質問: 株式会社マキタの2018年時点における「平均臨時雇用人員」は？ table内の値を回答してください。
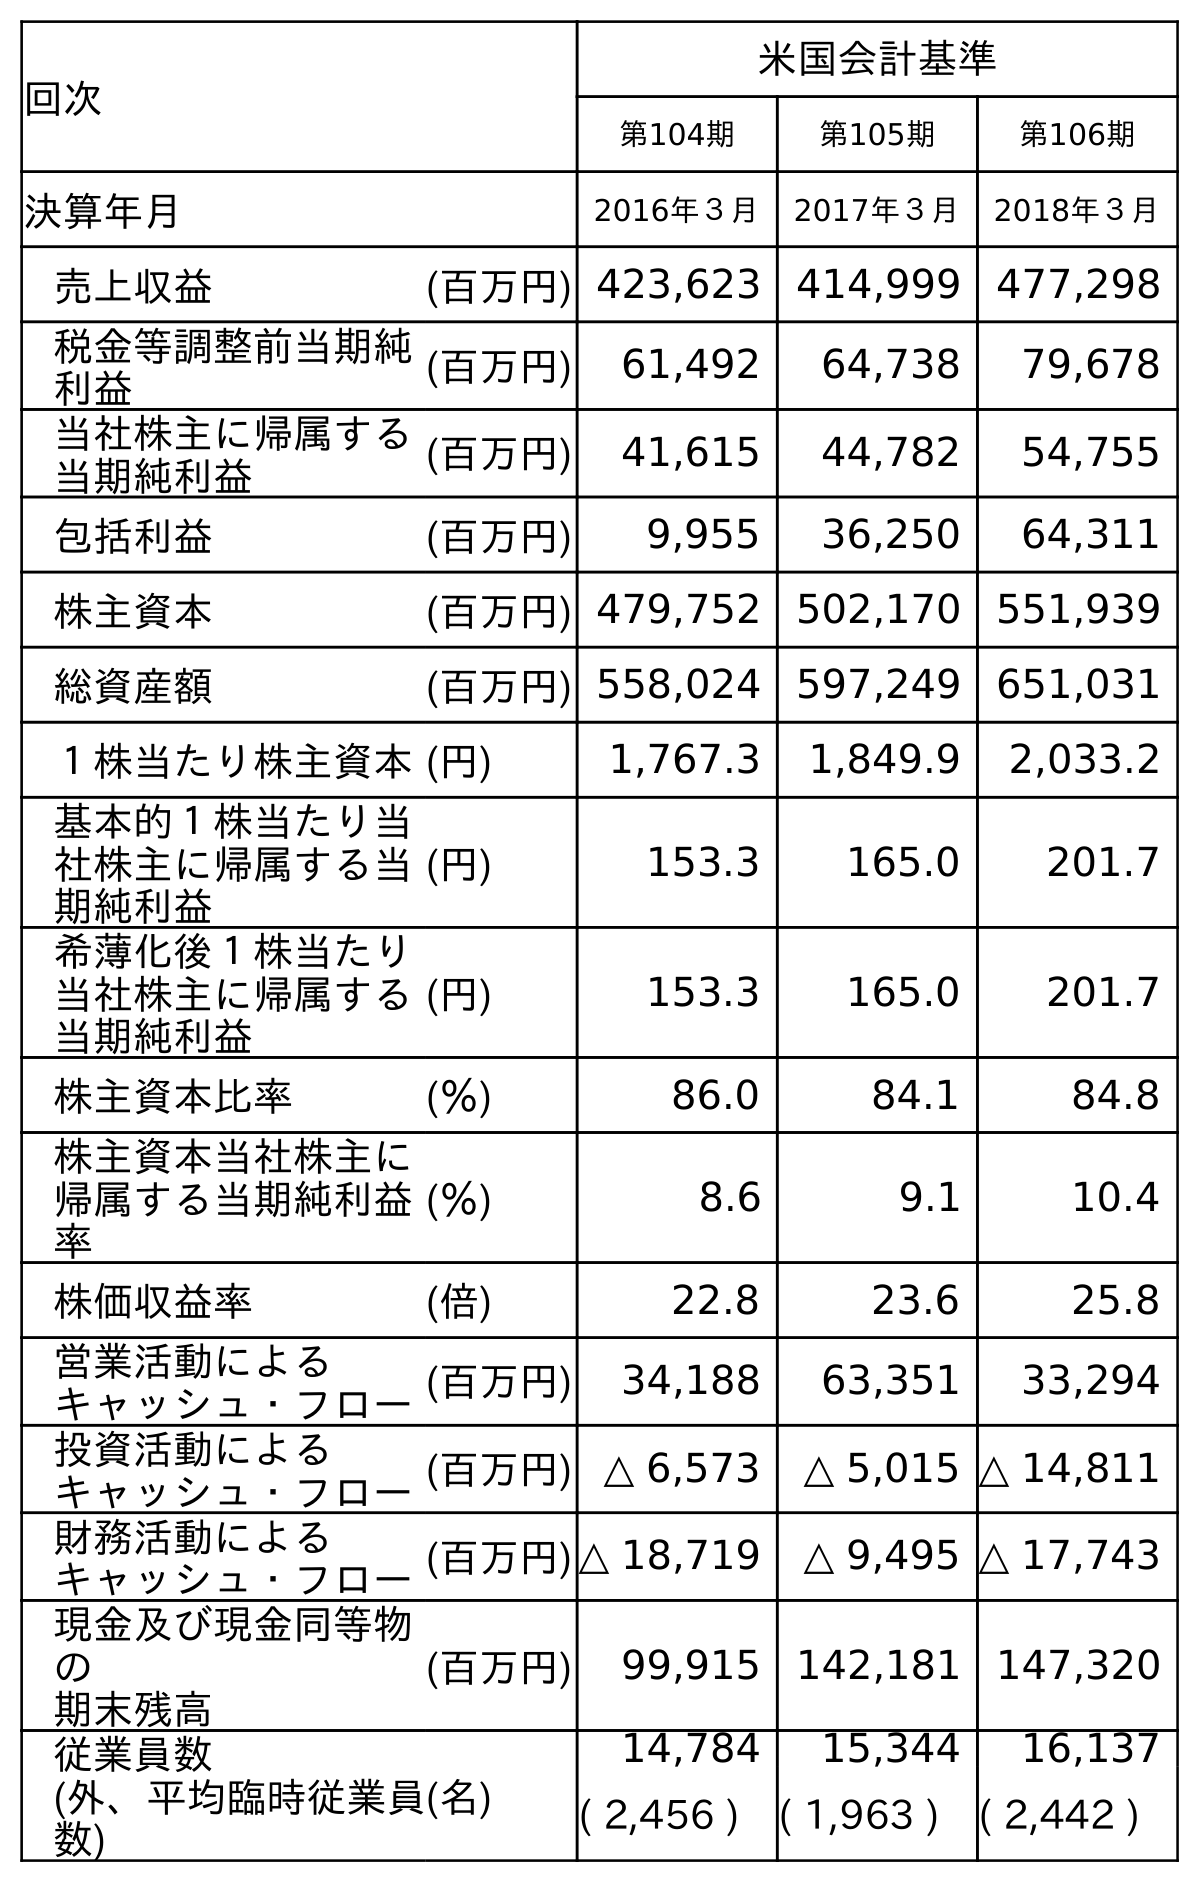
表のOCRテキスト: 回次 米国会計基準 第104期 第105期 第106期 決算年月 2016年３月 2017年３月 2018年３月 売上収益 (百万円) 423,623 414,999 477,298 税金等調整前当期純 利益 (百万円) 61,492 64,738 79,678 当社株主に帰属する 当期純利益 (百万円) 41,615 44,782 54,755 包括利益 (百万円) 9,955 36,250 64,311 株主資本 (百万円) 479,752 502,170 551,939 総資産額 (百万円) 558,024 597,249 651,031 １株当たり株主資本(円) 1,767.3 1,849.9 2,033.2 基本的１株当たり当 社株主に帰属する当 期純利益 (円) 153.3 165.0 201.7 希薄化後１株当たり 当社株主に帰属する 当期純利益 (円) 153.3 165.0 201.7 株主資本比率 (％) 86.0 84.1 84.8 株主資本当社株主に 帰属する当期純利益 率 (％) 8.6 9.1 10.4 株価収益率 (倍) 22.8 23.6 25.8 営業活動による キャッシュ・フロー(百万円) 34,188 63,351 33,294 投資活動による キャッシュ・フロー(百万円) △ 6,573 △ 5,015 △ 14,811 財務活動による キャッシュ・フロー(百万円)△ 18,719 △ 9,495 △ 17,743 現金及び現金同等物 の 期末残高 (百万円) 99,915 142,181 147,320 従業員数 (外、平均臨時従業員 数) (名) 14,784 15,344 16,137 ( 2,456 ) ( 1,963 ) ( 2,442 )
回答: (2,442)